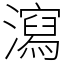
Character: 瀉